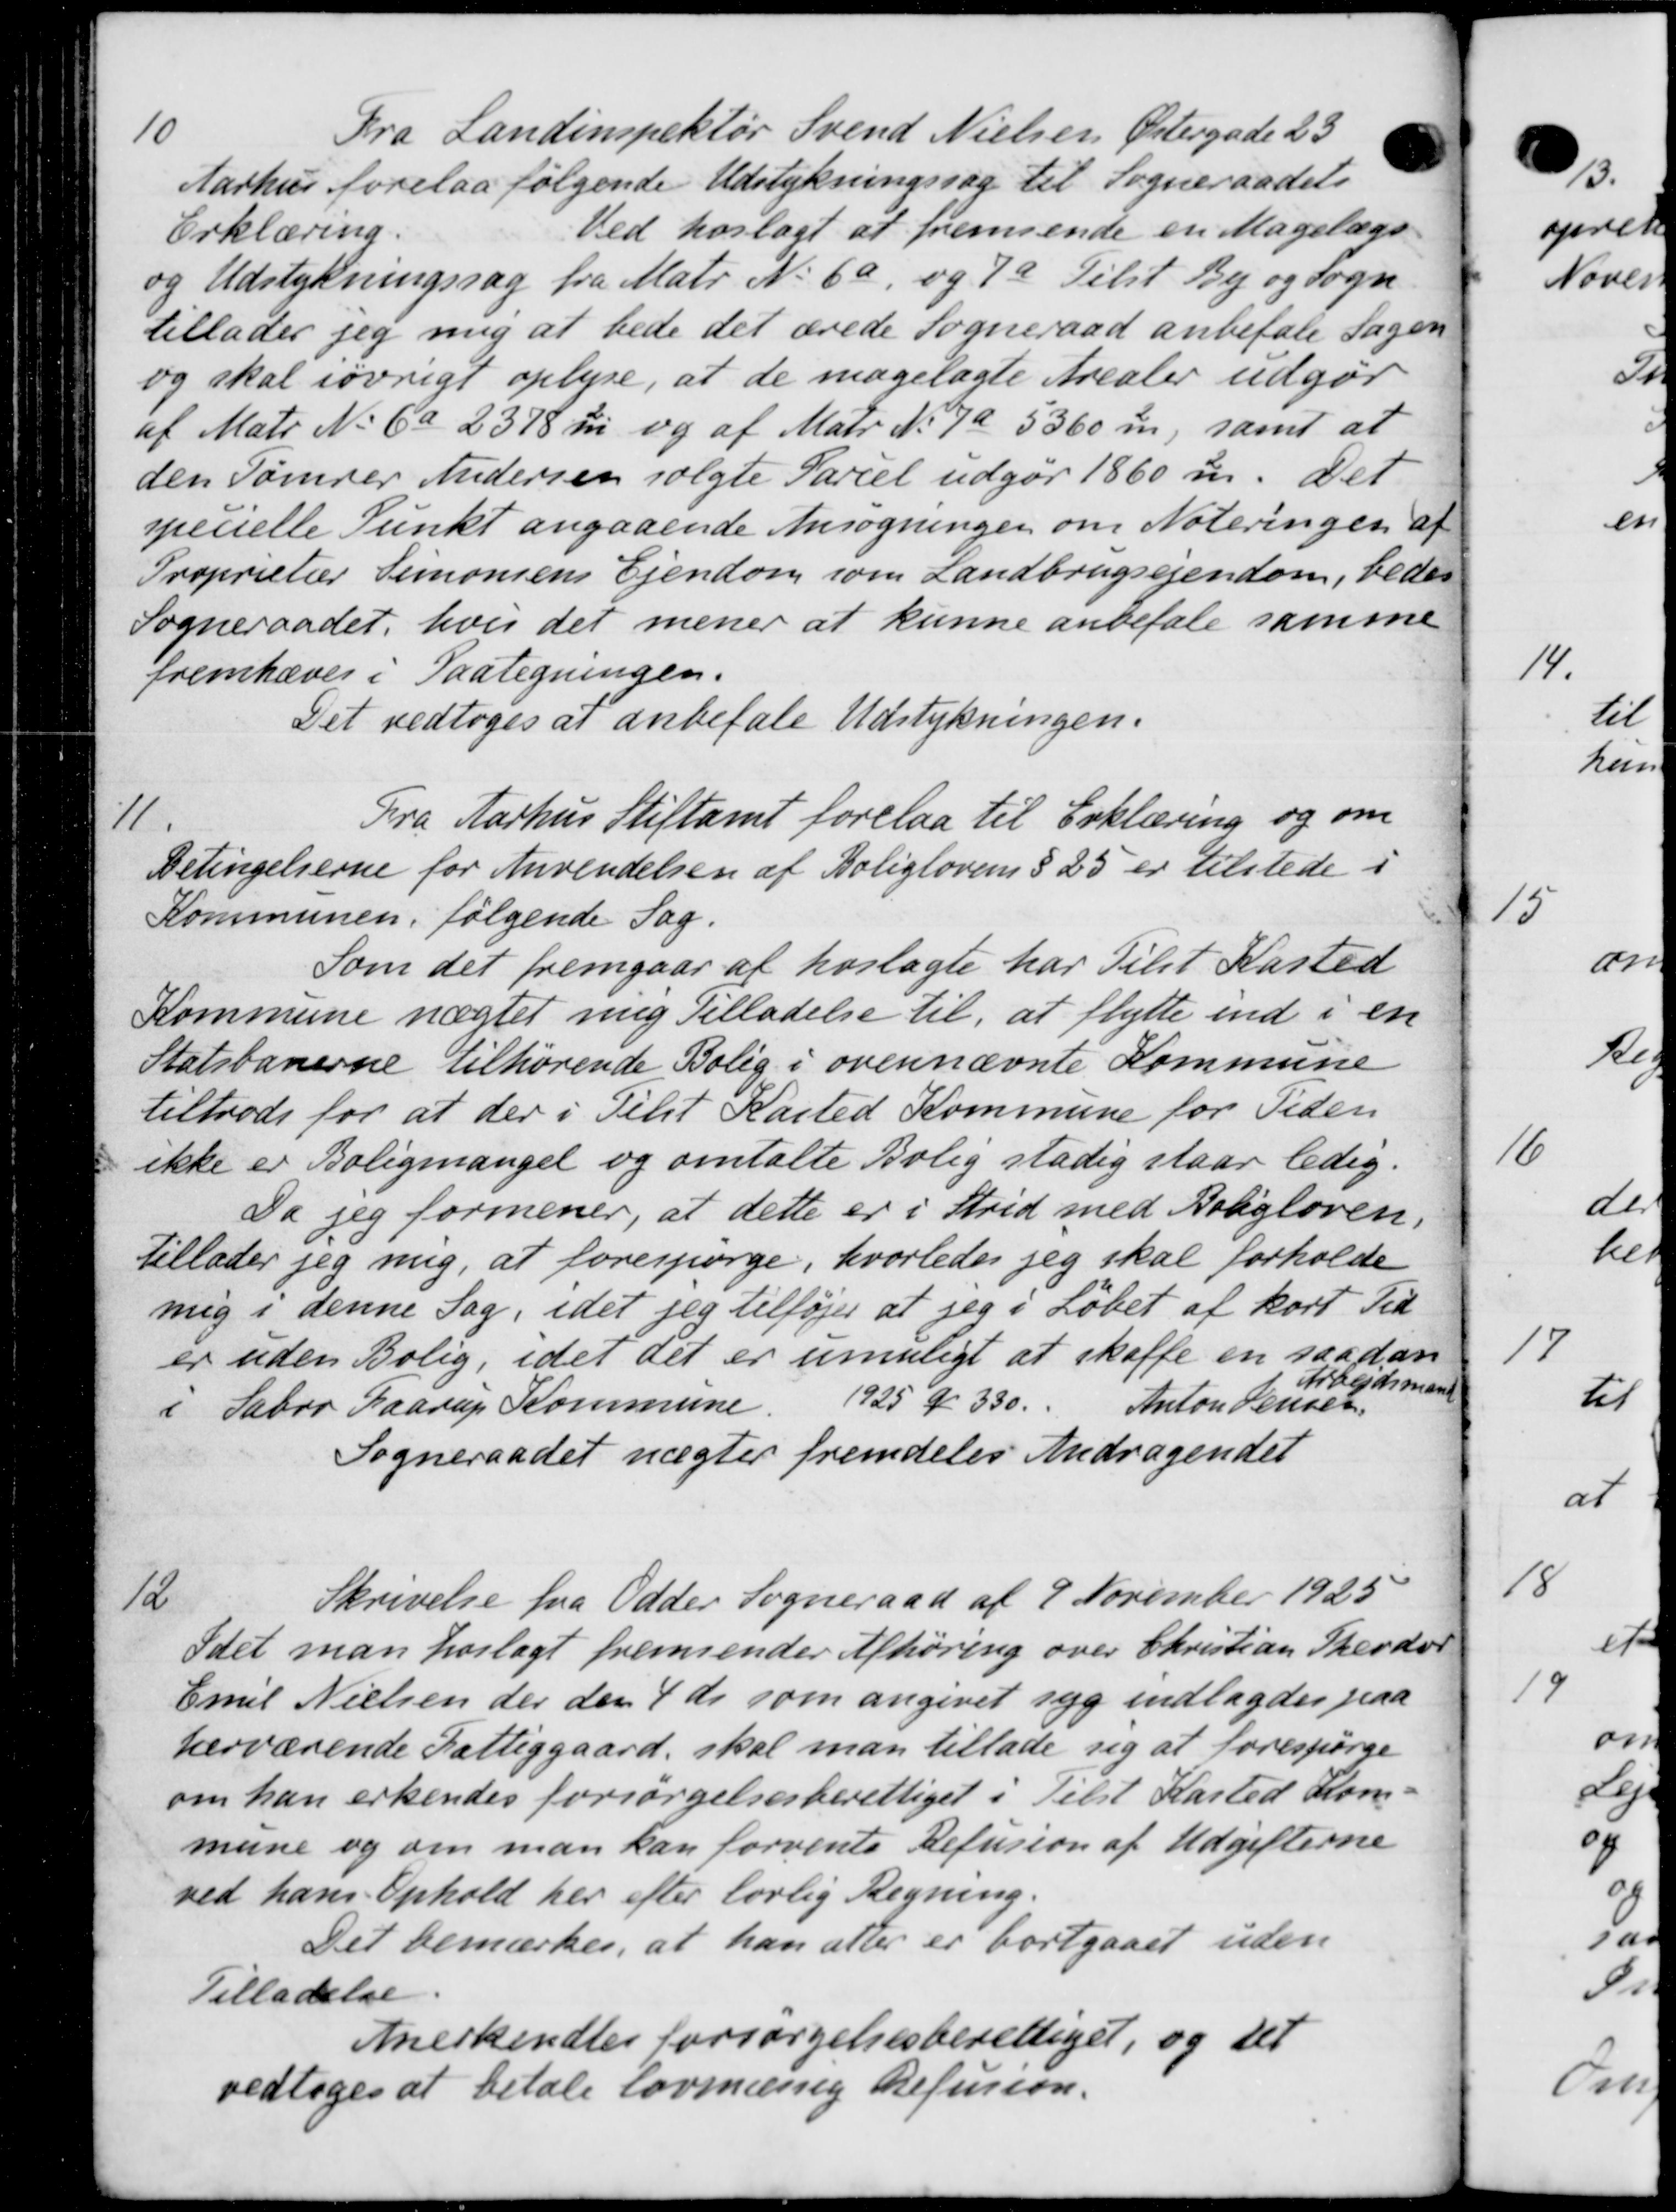
Transskription:
10
Fra Landinspektør Svend Nielsen Østergade 23
Aarhus forelaa følgende Udstykningssag til Sogneraadets
Erklæring.
Ved hoslagt at fremsende en Magelægs
og Udstykningssag fra Matr. No 6a og 7a Tilst By og Sogn
tillader jeg mig at bede det ærede Sogneraad anbefale Sagen
og skal iøvrigt oplyse, at de magelagte Arealer udgør
af Matr. No 6a 2378 ℔i og af Matr. N. 7a 5360 m, samt at
den Tømrer Andersen solgte Parcel udgør 1860 m. Det
specielle Punkt angaaende Ansøgningen om Noteringen af
Proprietær Simonsens Ejendom som Landbrugsejendom, bedes
Sogneraadet, hvis det mener at kunne anbefale samme
fremhæves i Paategningen.
Det vedtoges at anbefale Udstykningen.
11.
Fra Aarhus Stiftamt forelaa til Erklæring og om
Betingelserne for Anvendelsen af Boliglovens § 25 er tilstede i
Kommunen, følgende Sag.
Som det fremgaar af hoslagte har tilst Kasted
Kommune nægtet mig Tilladelse til, at flytte ind i en
Statsbanerne tilhørende Bolig i ovennævnte Kommune
tiltrods for at der i Tilst Kasted Kommune for Tiden
ikke er Boligmangel og omtalte Bolig stadig staar ledig.
Da jeg formener, at dette er i Strid med Boligloven.
Tillader jeg mig, at forespørge, hvorledes jeg skal forholde
mig i denne Sag, idet jeg tilføjes at jeg i Løbet af kort Tid
er uden Bolig, idet det er umuligt at skaffe en saadan
i Sabro Haarup Kommune. 1925 Kr 330. Anton Jensen.
Arbejdsmand
Sogneraadet nægter fremdeles Andragendet
12
Skrivelse fra Odder Sogneraad af 9 November 1925
Idet man hoslagt fremsender Afhøring over Christian Theodor
Emil Nielsen der den 4 ds som angivet syg indlagdes paa
herværende Fattiggaard, skal man tillade sig at forespørge
om han erkendes forsørgelsesberettiget i Tilst Kasted Kom-
mune og om man kan forvente Refusion af Udgifterne
ved hans Ophold her efter lovlig Regning.
Det bemærkes, at han atter er bortgaaet uden
Tilladelse.
Anerkendtes forsørgelsesberettiget, og det
vedtoges at betale lovmæssig Refusion.